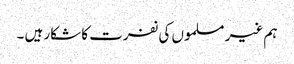
ہم غیر مسلموں کی نفرت کا شکار ہیں ۔